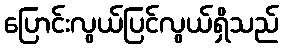
ပြောင်းလွယ်ပြင်လွယ်ရှိသည်